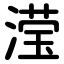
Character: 滢